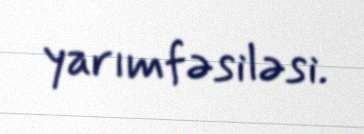
yarımfəsiləsi.